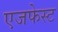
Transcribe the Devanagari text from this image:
एजफेस्ट